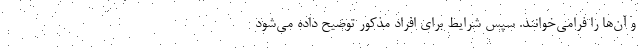
و آن‌ها را فرامی‌خوانند. سپس شرایط برای افراد مذکور توضیح داده می‌شود